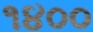
૧૪૦૦